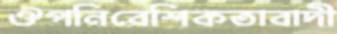
ঔপনিবেশিকতাবাদী